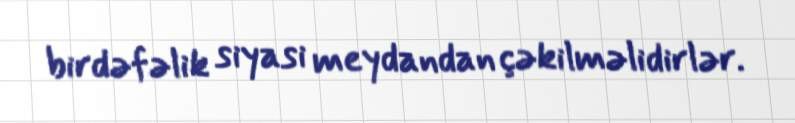
birdəfəlik siyasi meydandan çəkilməlidirlər.